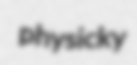
physicky